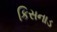
કિસનાડ